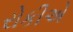
રોકીએ